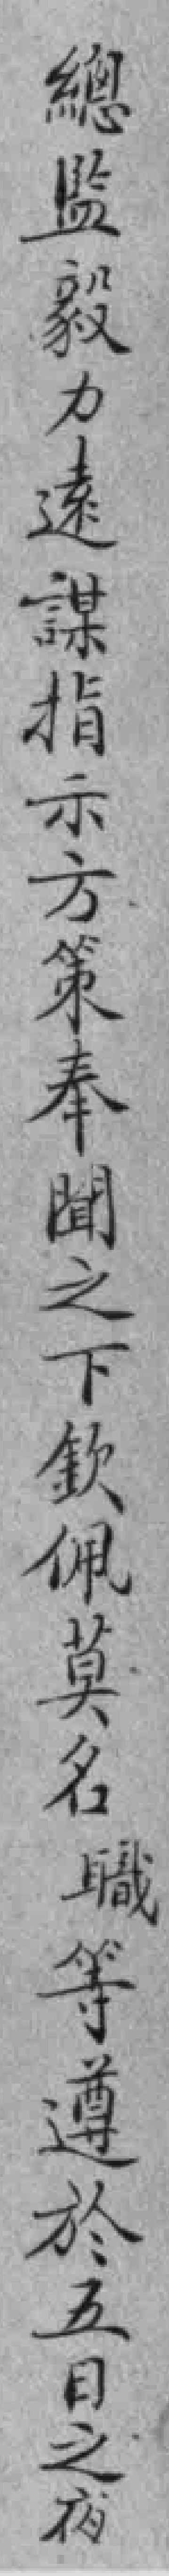
總监毅力遠謀指示方策奉聞之下欽佩莫名職等遵於五日之夜